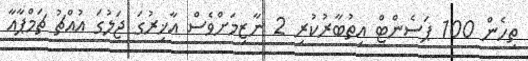
ތިހެން 100 ޕަސެންޓް އިތުބާރުކުރި 2 ނާޒިމަށްވެސް އާޚިރުގަ ޖަލުގަ އުއްޗު ޗަމްޕާއާ